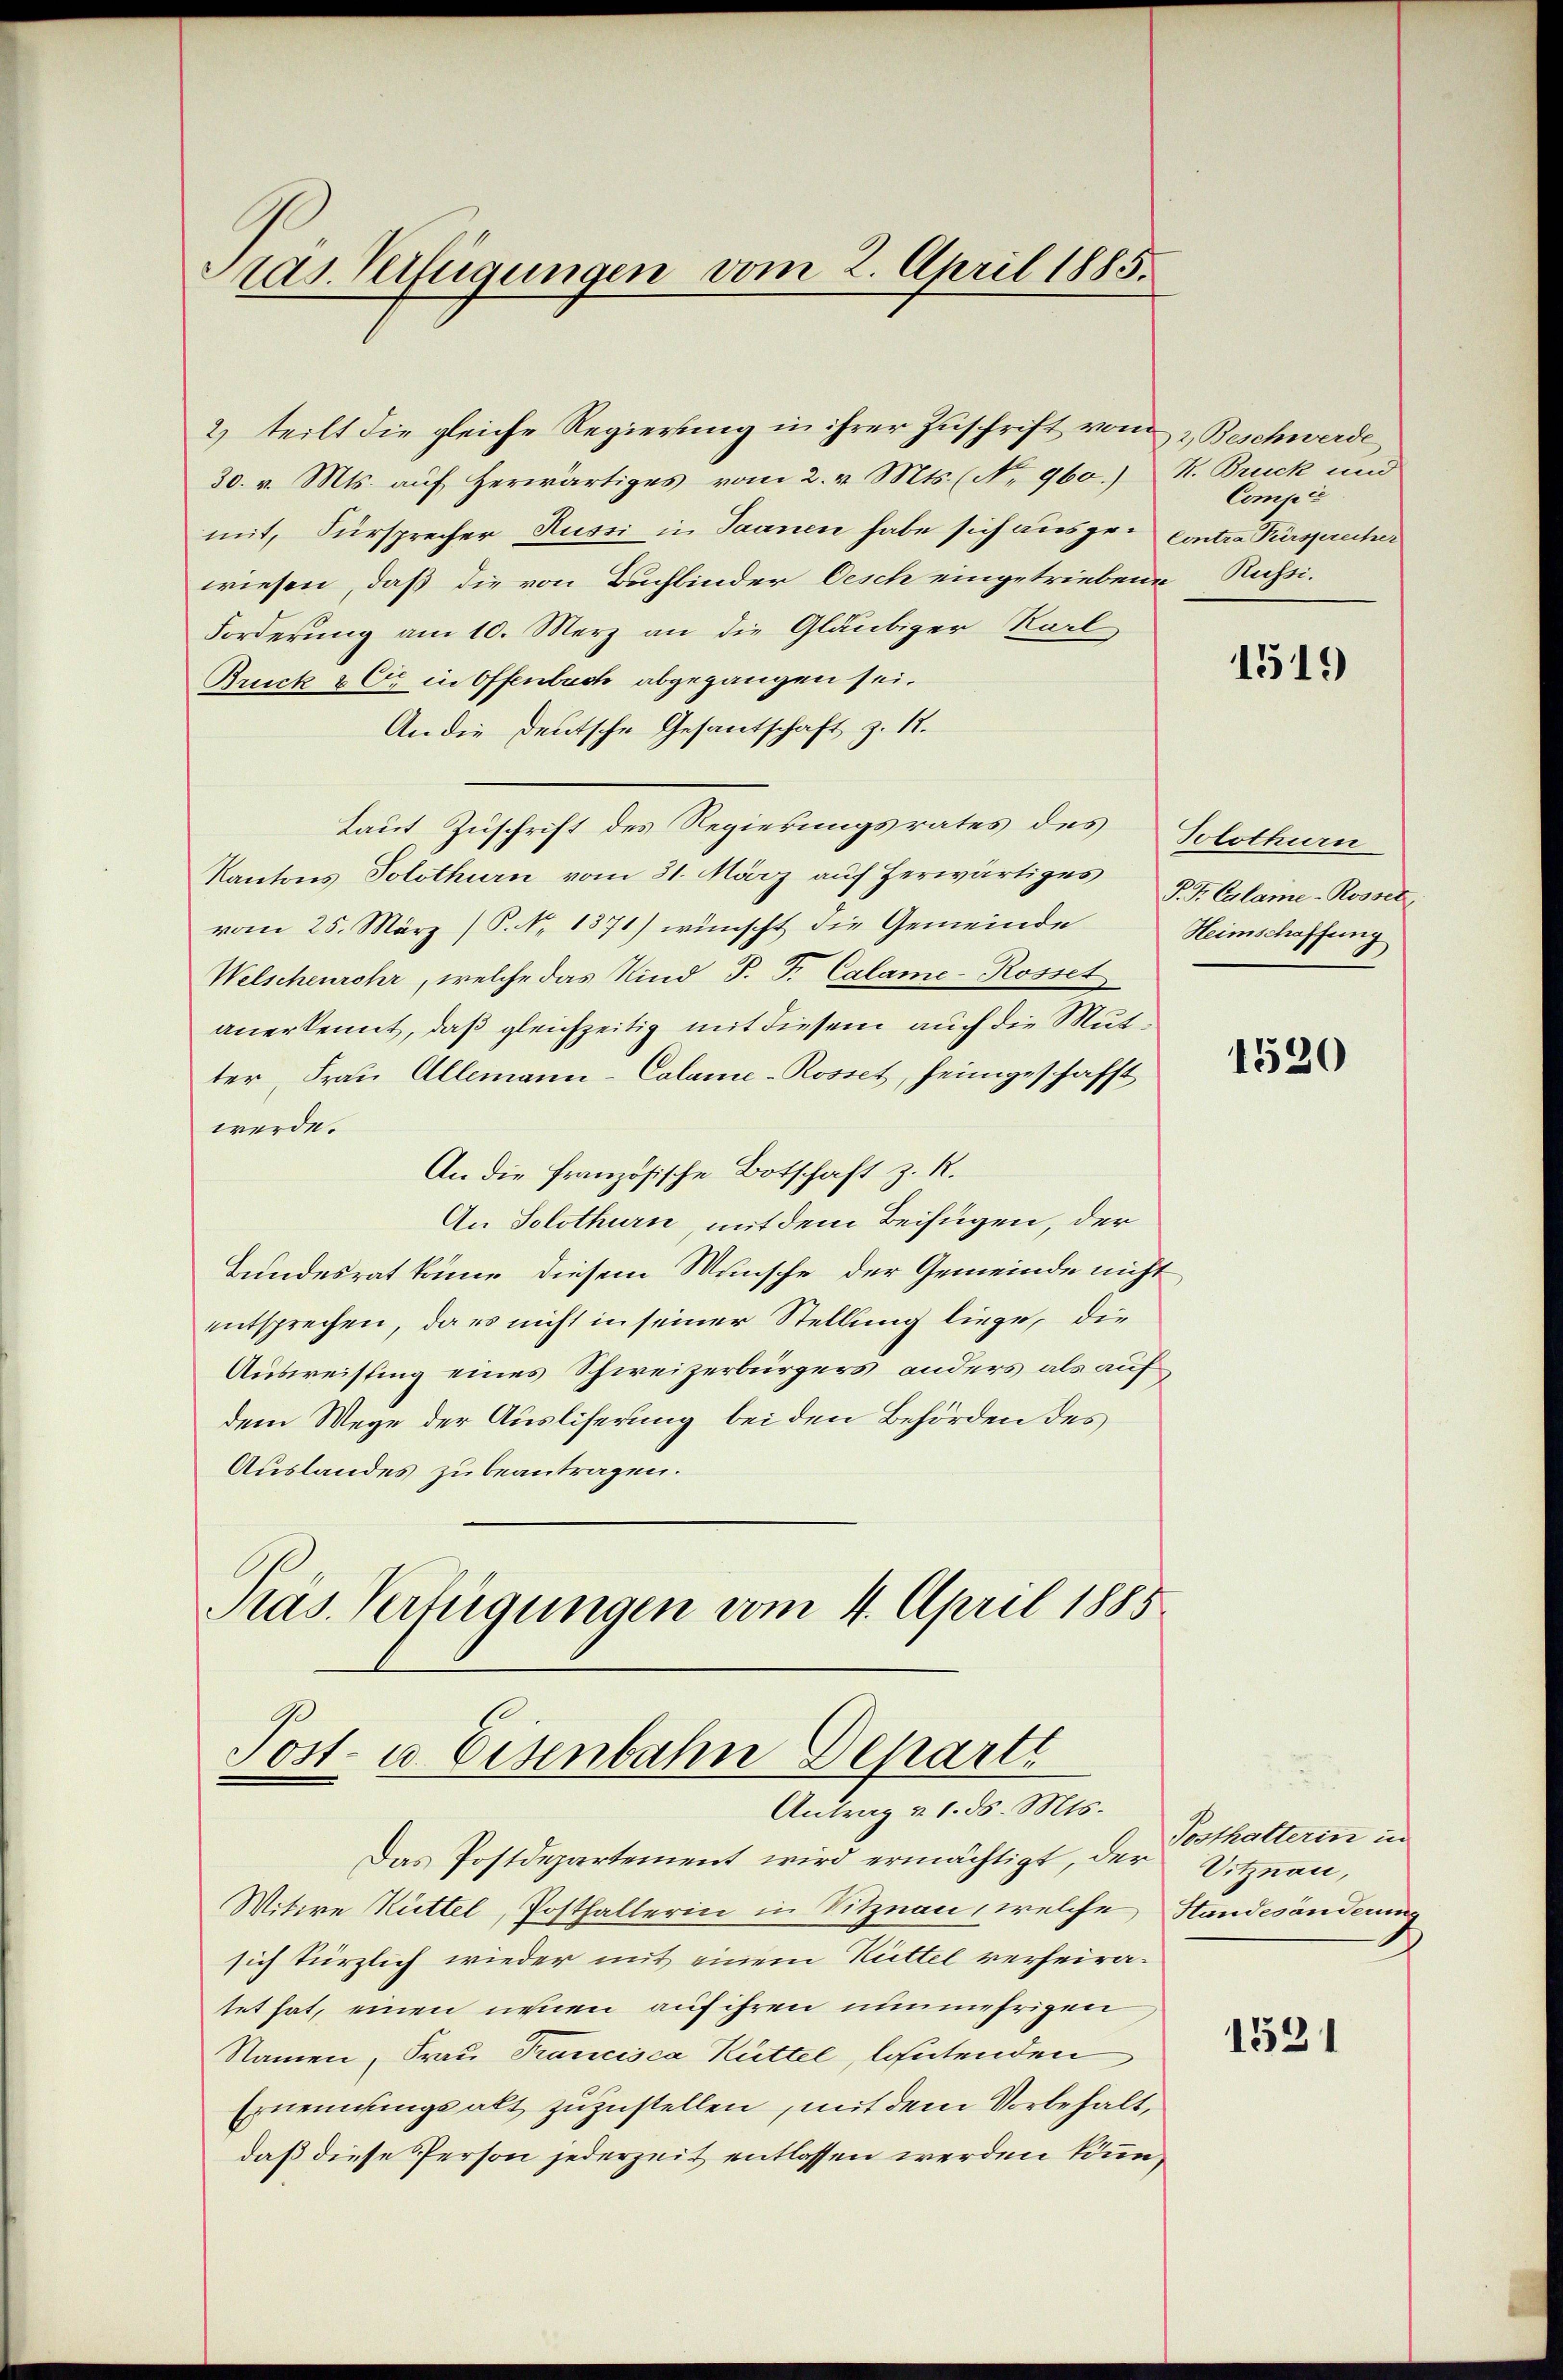
Pras. Verfügungen vom 2. April 1885.

2) teilt die gleiche Regierung in ihrer Zuschrift von 2 Beschwerde
30. v. Mts. auf herwärtiges vom 2. v. Mts. (No. 960.) R. Bruck und
mit, Fürsprecher Russi in Saanen habe sich ausge-Contra Fürsprecher
wiesen, daß die von Bachbinder Oesch eingetriebene Russi-
Forderung am 10. Merz an die Gläubiger Karl
Bruck & Cie in Offenbuch abgegangen sei.
An die deutsche Gesantschaft z. 17.
Laut Zuschrift des Regierungsrates des
Kantons Solothurn vom 31. März auf herwärtiges
vom 25. März (P. Nr. 1871) wünscht die Gemeinde
Welschenrohr, welche das Kind P. F. Calame-Rosset
anerkennt, daß gleichzeitig mit diesem auch die Mutter, Frau Allemann-Calame-Rosset, heimgeschafft
werde.
An die französische Botschaft z. R.
An Solothurn, mit dem Beifügen, der
Bundesrat könne diesem Wunsche der Gemeinde nicht,
entsprechen, da es nicht in seiner Stellung liege, die
Ausweisung eines Schweizerbürgers anders als auf
dem Wege der Ausliferung bei den Behörden des
Auslandes zu beantragen.
Präs. Verfügungen vom 4. April 1885

Post- u. Eisenbahn Departi
Antrag v. 1. ds. Mts.

Das Postdepartement wird ermächtigt, der Sitzern,
Witwe Rüttel, Posthalterin in Sitznau, welche Standesänderung
sich kürzlich wieder mit einem Hüttel verheiratet hat, einen neuen auf ihren nunmehrigen
Namen, Frau Francisca Rüttel, lautenden
Ernennungsalt zuzustellen, mit dem Vorbehalt,
daß diese Person jederzeit entlassen werden kün

Compić

1519

Solothurn
P.P. Calame-Rossel
Heimschaffung

1520

Posthatterin in

1521